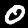
Digit: 0